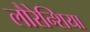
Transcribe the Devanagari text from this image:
लौरेन्शिया